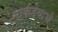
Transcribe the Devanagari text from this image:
मार्कंडेयाचे